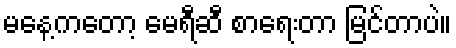
မနေ့ကတော့ မေရီဆီ စာရေးတာ မြင်တာပဲ။